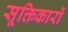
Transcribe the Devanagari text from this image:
सूक्तिकारों